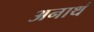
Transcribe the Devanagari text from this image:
अनाथं